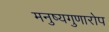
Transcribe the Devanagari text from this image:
मनुष्यगुणारोप